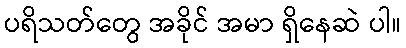
ပရိသတ်တွေ အခိုင် အမာ ရှိနေဆဲ ပါ။